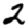
Digit: 2